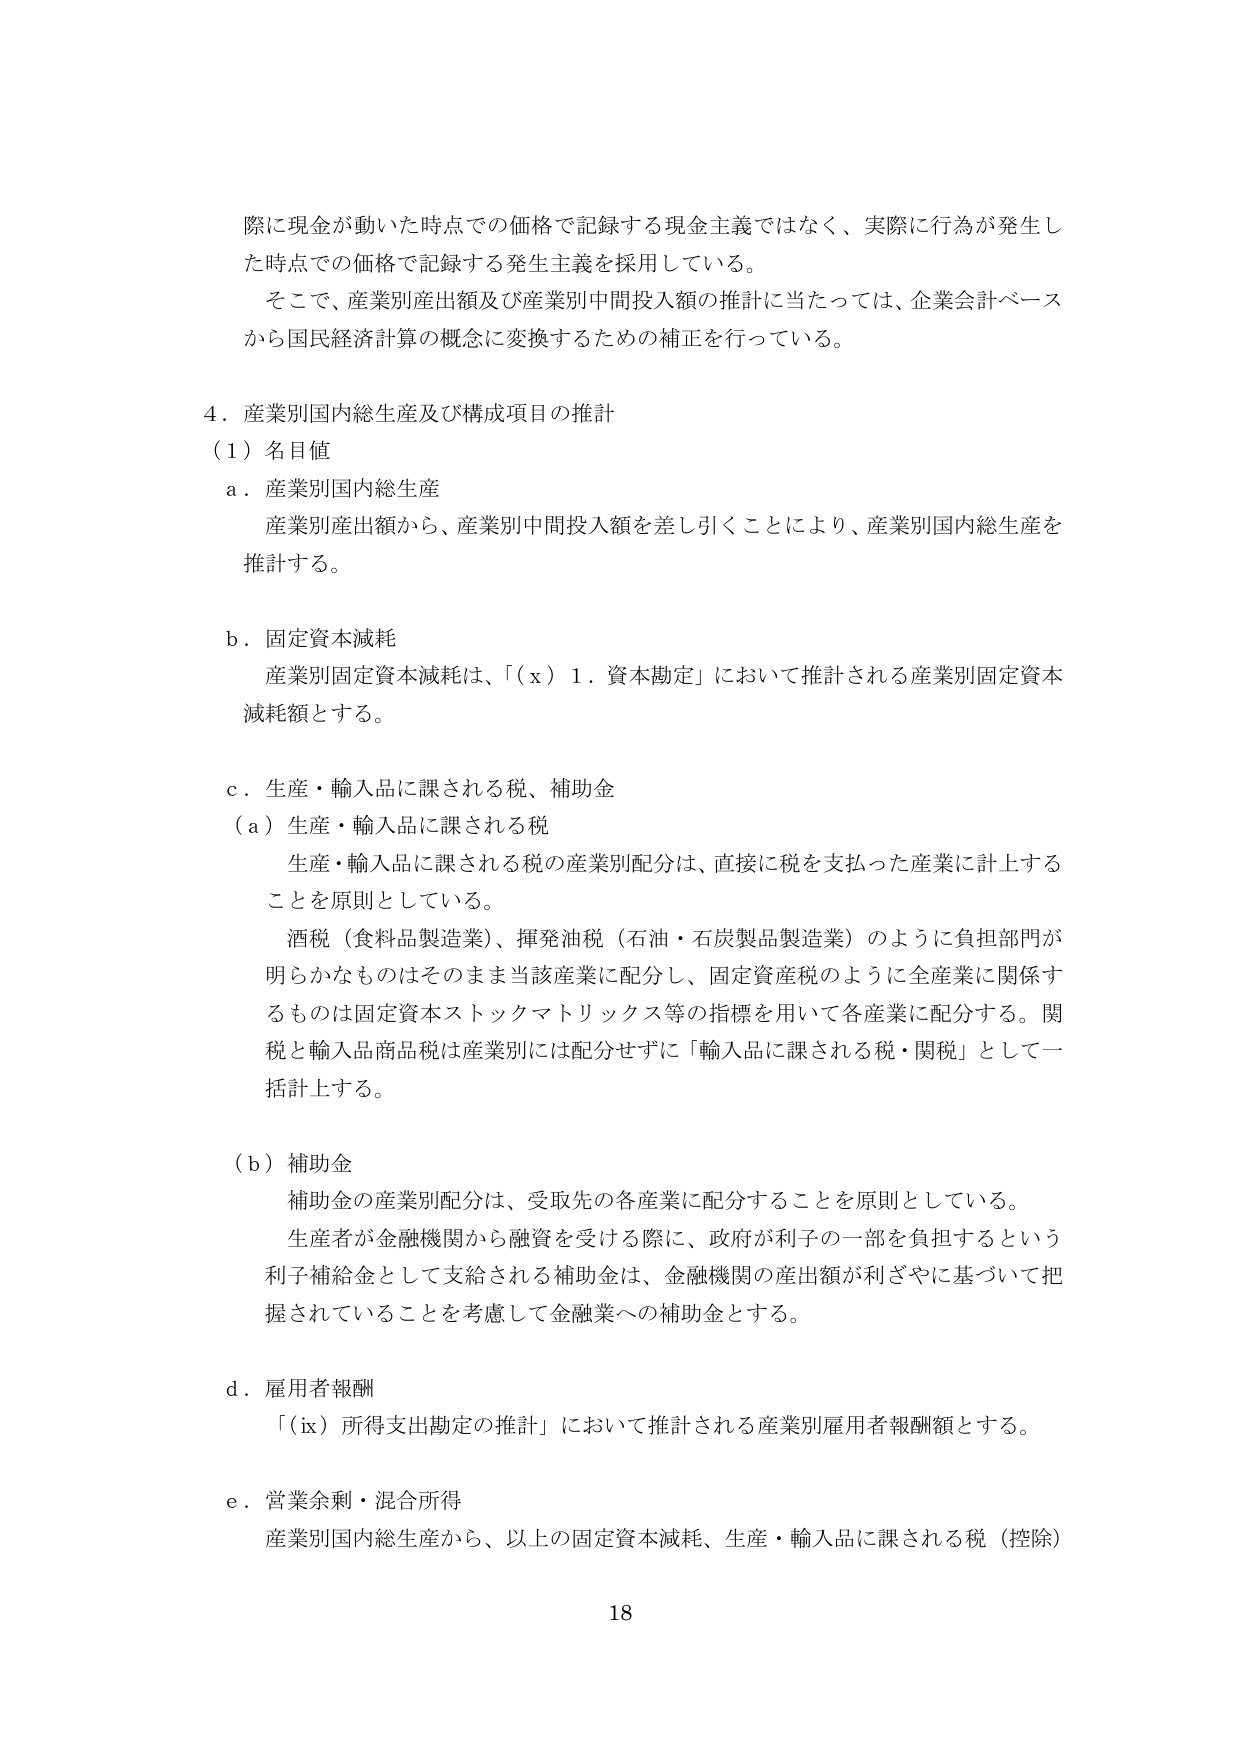
際に現金が動いた時点での価格で記録する現金主義ではなく、実際に行為が発生した時点での価格で記録する発生主義を採用している。

そこで、産業別産出額及び産業別中間投入額の推計に当たっては、企業会計ベースから国民経済計算の概念に変換するための補正を行っている。

４．産業別国内総生産及び構成項目の推計
（１）名目値
ａ．産業別国内総生産
　産業別産出額から、産業別中間投入額を差し引くことにより、産業別国内総生産を推計する。

ｂ．固定資本減耗
　産業別固定資本減耗は、「（ｘ）１．資本勘定」において推計される産業別固定資本減耗額とする。

ｃ．生産・輸入品に課される税、補助金
（ａ）生産・輸入品に課される税
　生産・輸入品に課される税の産業別配分は、直接に税を支払った産業に計上することを原則としている。
　酒税（食料品製造業）、揮発油税（石油・石炭製品製造業）のように負担部門が明らかなものはそのまま当該産業に配分し、固定資産税のように全産業に関係するものは固定資本ストックマトリックス等の指標を用いて各産業に配分する。関税と輸入品商品税は産業別には配分せずに「輸入品に課される税・関税」として一括計上する。

（ｂ）補助金
　補助金の産業別配分は、受取先の各産業に配分することを原則としている。
　生産者が金融機関から融資を受ける際に、政府が利子の一部を負担するという利子補給金として支給される補助金は、金融機関の産出額が利ざやに基づいて把握されていることを考慮して金融業への補助金とする。

ｄ．雇用者報酬
　「（ｉｘ）所得支出勘定の推計」において推計される産業別雇用者報酬額とする。

ｅ．営業余剰・混合所得
　産業別国内総生産から、以上の固定資本減耗、生産・輸入品に課される税（控除）

18